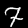
Label: 7